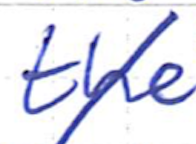
Text: the
Cross-out: diagonal
Writing tool: ballpoint